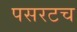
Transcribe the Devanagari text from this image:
पसरटच